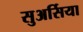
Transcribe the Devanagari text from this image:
सुअर्सिया